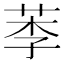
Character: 𦰁